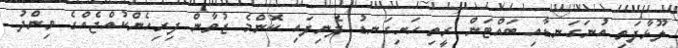
ލޫޅާފަތި އުނަގަނޑާއި ބައްޓަން ރީތި ހަށިގަނޑު ފެނިފައި ކޮންމެ ޒުވާން ފިރިހެންކުއްޖެއްގެ ވިންދު